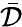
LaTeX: \bar{\mathcal D}